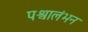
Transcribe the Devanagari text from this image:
पश्वालंभन